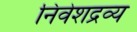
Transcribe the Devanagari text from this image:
निवेशद्रव्य